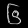
Digit: ၆